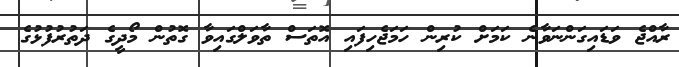
ރާއްޖެ ވަޑައިގަންނަވާނެ ކަމަށް ކުރިން ހަމަޖެހިފައި އޮތަސް ތާވަލްގައިވާ ގޮތުން މޯދީގެ ދަތުރުފުޅުގެ